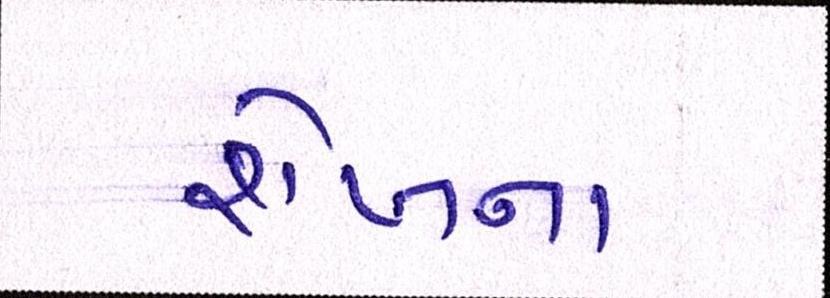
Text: શેખના